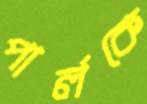
পার্লকে